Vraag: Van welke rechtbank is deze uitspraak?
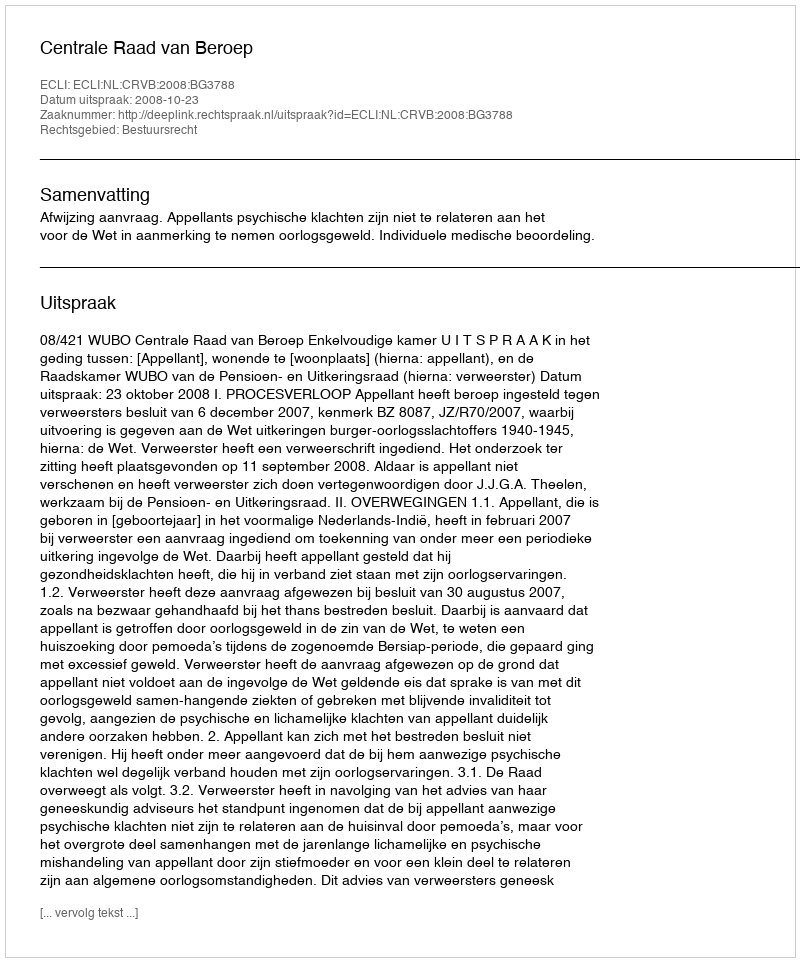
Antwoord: Centrale Raad van Beroep